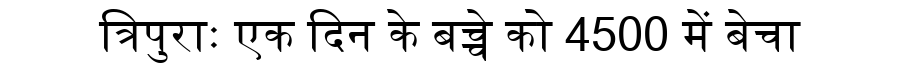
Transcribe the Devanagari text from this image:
त्रिपुराः एक दिन के बच्चे को 4500 में बेचा